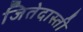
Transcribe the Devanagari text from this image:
जितेदास्ती